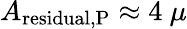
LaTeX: A_{\mathrm{residual,P}}\approx 4~\mu